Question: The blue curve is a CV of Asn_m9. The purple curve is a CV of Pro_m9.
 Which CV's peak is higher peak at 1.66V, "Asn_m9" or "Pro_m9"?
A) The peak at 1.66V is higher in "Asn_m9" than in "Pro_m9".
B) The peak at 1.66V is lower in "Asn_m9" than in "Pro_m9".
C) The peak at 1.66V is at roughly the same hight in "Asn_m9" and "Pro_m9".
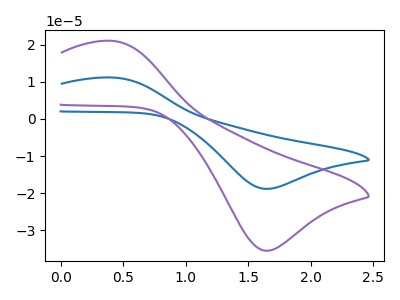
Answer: <think>The blue curve "Asn_m9" has an anodic peak at (0.40V, 11.15uA) and a cathodic peak at (1.65V, -18.80uA). The purple curve "Pro_m9" has an anodic peak at (0.40V, 21.00uA) and a cathodic peak at (1.65V, -35.45uA).</think>
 <answer>B) The peak at 1.66V is lower in "Asn_m9" than in "Pro_m9".</answer>
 <eval>B</eval>